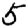
Digit: 5